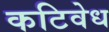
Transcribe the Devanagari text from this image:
कटिवेध